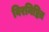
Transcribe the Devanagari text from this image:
विरनिष्ठित